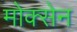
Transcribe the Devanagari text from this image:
मोक्सेन